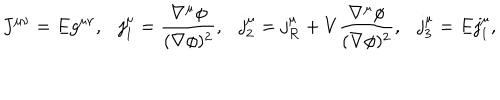
J ^ { \mu \nu } = E g ^ { \mu \nu } , \ \ \ j _ { 1 } ^ { \mu } = { \frac { \nabla ^ { \mu } \phi } { ( \nabla \phi ) ^ { 2 } } } , \ \ \ j _ { 2 } ^ { \mu } = j _ { \cal R } ^ { \mu } + V { \frac { \nabla ^ { \mu } \phi } { ( \nabla \phi ) ^ { 2 } } } , \ \ \ j _ { 3 } ^ { \mu } = E j _ { 1 } ^ { \mu } ,